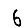
Digit: 6